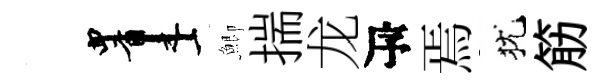
画鯽揣龙瓴焉犹筋